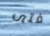
فتى